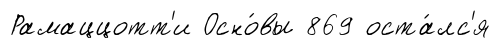
Рамаццотт'и Осно́вы 869 оста́лс'я